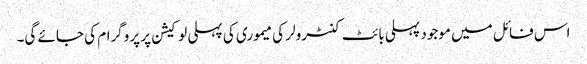
اس فائل میں موجود پہلی بائٹ کنٹرولر کی میموری کی پہلی لو کیشن پر پروگرام کی جائے گی۔